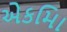
એકમાિ